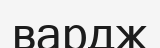
вардж